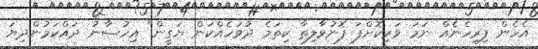
އެހެން ފިރިހެނެއް ނަމަ ވަރިކޮށްފަ ފޮނުވާލިތާ ކިތަމެ ދުވަހެއްކަން ޔަގީން" އިހުސާނު ދައްކަމުންދިޔަ